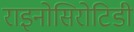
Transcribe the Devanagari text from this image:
राइनोसिरोटिडी